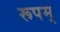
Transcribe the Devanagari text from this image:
रूपम्‌